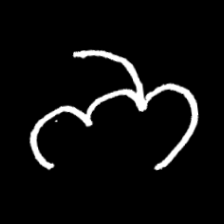
Pyu character \u2014 Myanmar letter: ဘ (romanized: bha)